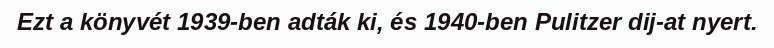
Ezt a könyvét 1939-ben adták ki, és 1940-ben Pulitzer dij-at nyert.